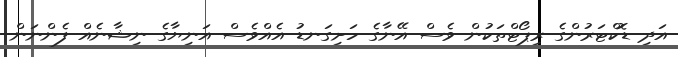
އަދި ޑޮކްޓަރުންގެ ރިޕޯޓްތަކުން ވެސް އޭނާގެ ހަށިގަނޑު އެއްވެސް އަނިޔާގެ ނިޝާނެއް ފެންނަން